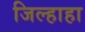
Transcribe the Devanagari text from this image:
जिल्हाहा